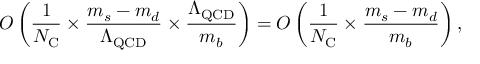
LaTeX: { \cal O } \left( \frac { 1 } { N _ { \mathrm { C } } } \times \frac { m _ { s } - m _ { d } } { \Lambda _ { \mathrm { Q C D } } } \times \frac { \Lambda _ { \mathrm { Q C D } } } { m _ { b } } \right) = { \cal O } \left( \frac { 1 } { N _ { \mathrm { C } } } \times \frac { m _ { s } - m _ { d } } { m _ { b } } \right) ,